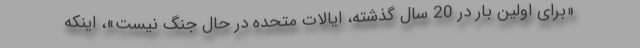
«برای اولین بار در 20 سال گذشته، ایالات متحده در حال جنگ نیست»، اینکه